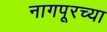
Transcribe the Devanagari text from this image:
नागपूरच्‍या